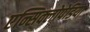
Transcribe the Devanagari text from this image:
एन्सिक्लोपेडिया